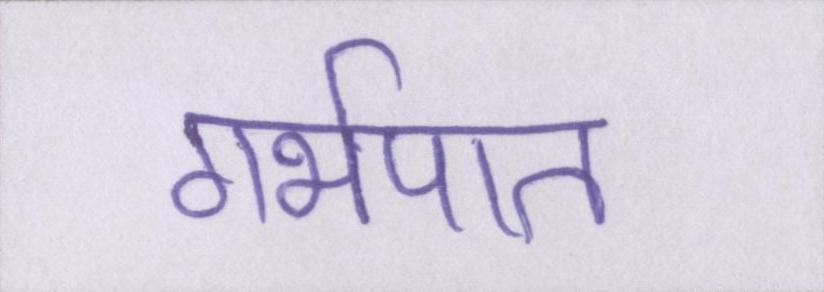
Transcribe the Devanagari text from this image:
गर्भपात